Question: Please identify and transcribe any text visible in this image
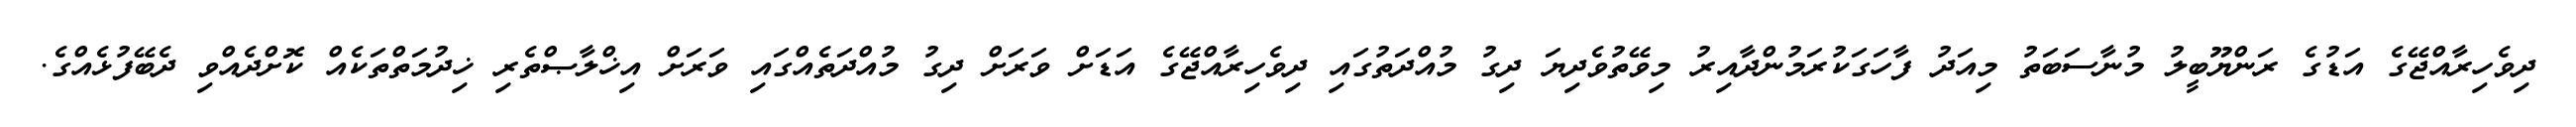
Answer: ދިވެހިރާއްޖޭގެ އަޑުގެ ރަންޔޫބީލު މުނާސަބަތު މިއަދު ފާހަގަކުރަމުންދާއިރު މިވޭތުވެދިޔަ ދިގު މުއްދަތުގައި ދިވެހިރާއްޖޭގެ އަޑަށް ވަރަށް ދިގު މުއްދަތެއްގައި ވަރަށް އިޚްލާޞްތެރި ޚިދުމަތްތަކެއް ކޮށްދެއްވި ދެބޭފުޅެއްގެ.